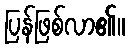
ပြန်ဖြစ်လာ၏။